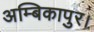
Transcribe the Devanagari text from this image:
अम्बिकापुर।